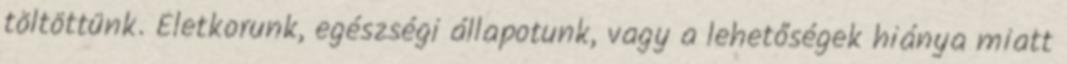
töltöttünk. Életkorunk, egészségi állapotunk, vagy a lehetőségek hiánya miatt